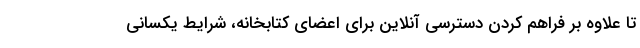
تا علاوه بر فراهم کردن دسترسی آنلاین برای اعضای کتابخانه، شرایط یکسانی